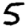
Digit: 5